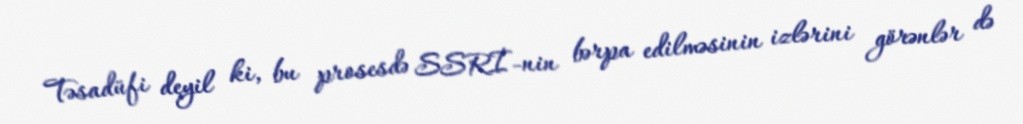
Təsadüfi deyil ki, bu prosesdə SSRİ-nin bərpa edilməsinin izlərini görənlər də